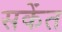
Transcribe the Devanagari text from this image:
सकेंत